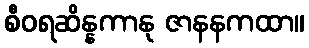
စီဝရဆိန္နကာနု ဇာနနကထာ။